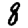
Digit: 8